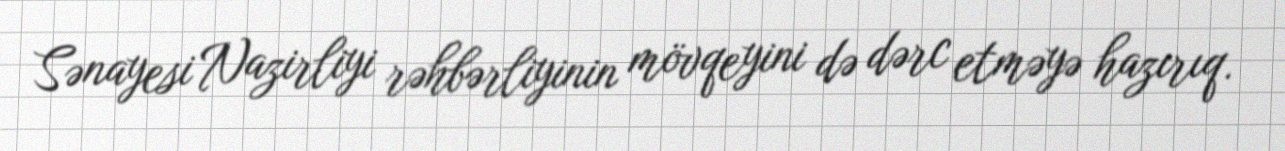
Sənayesi Nazirliyi rəhbərliyinin mövqeyini də dərc etməyə hazırıq.